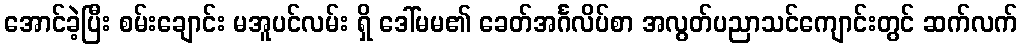
အောင်ခဲ့ပြီး စမ်းချောင်း မအူပင်လမ်း ရှိ ဒေါ်မမ၏ ခေတ်အင်္ဂလိပ်စာ အလွတ်ပညာသင်ကျောင်းတွင် ဆက်လက်